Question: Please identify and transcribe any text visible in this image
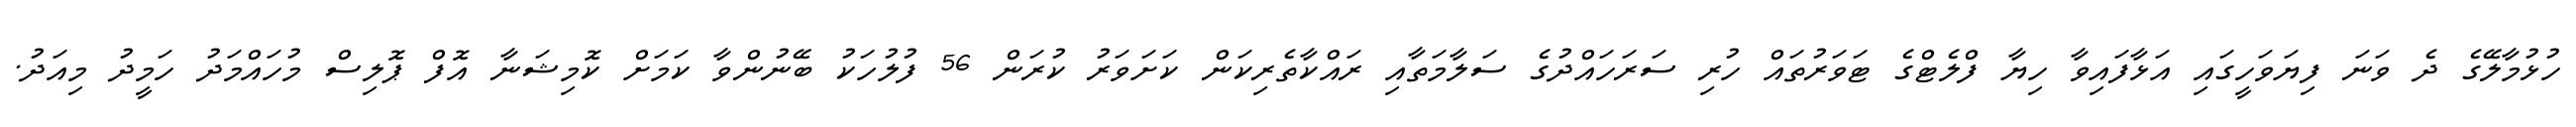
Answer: ހުޅުމާލޭގެ ދެ ވަނަ ފިޔަވަހީގައި އަޅާފައިވާ ހިޔާ ފްލެޓްގެ ޓަވަރުތައް ހުރި ސަރަހައްދުގެ ސަލާމަތާއި ރައްކާތެރިކަން ކަށަވަރު ކުރަން 56 ފުލުހަކު ބޭނުންވާ ކަމަށް ކޮމިޝަނާ އޮފް ޕޮލިސް މުހައްމަދު ހަމީދު މިއަދު.